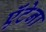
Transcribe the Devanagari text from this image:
ऍंटेना